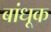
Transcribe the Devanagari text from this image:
बांधूक